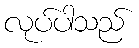
လုပ်ပါသည်